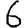
Digit: 6